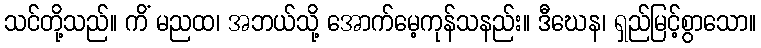
သင်တို့သည်။ ကိံ မညထ၊ အဘယ်သို့ အောက်မေ့ကုန်သနည်း။ ဒီဃေန၊ ရှည်မြင့်စွာသော။